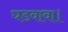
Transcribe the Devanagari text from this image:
घडवावा।